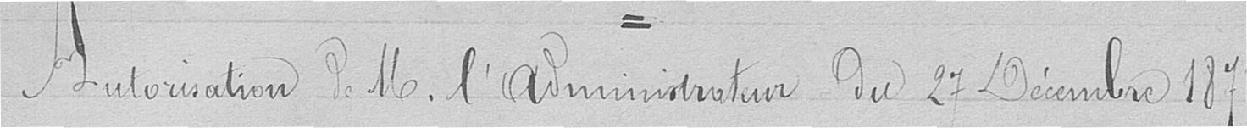
Autorisation de Monsieur l'Administrateur du 27 décembre  1878